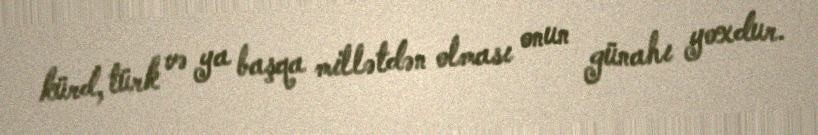
kürd, türk və ya başqa millətdən olması onun günahı yoxdur.